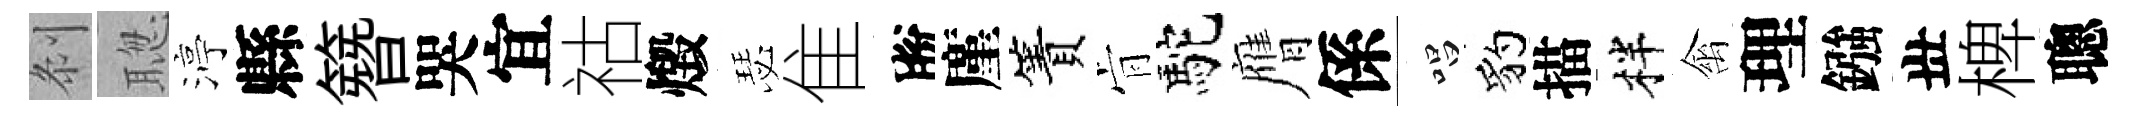
𠛴聦渟縣簪哭宜祜燬瑟隹脫廑簀肻駝膺係唱豹描柈禽理鏹丗椑聰